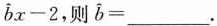
\widehat { b } x - 2$$ ，则 $$\widehat { b } = ___$$ .